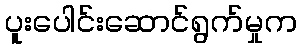
ပူးပေါင်းဆောင်ရွက်မှုက